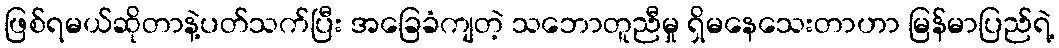
ဖြစ်ရမယ်ဆိုတာနဲ့ပတ်သက်ပြီး အခြေခံကျတဲ့ သဘောတူညီမှု ရှိမနေသေးတာဟာ မြန်မာပြည်ရဲ့